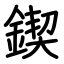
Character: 鍥